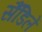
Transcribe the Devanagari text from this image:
सैंडिलें